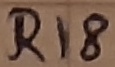
Text: R18